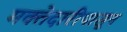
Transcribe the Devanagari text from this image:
मक्तेदारीपासून